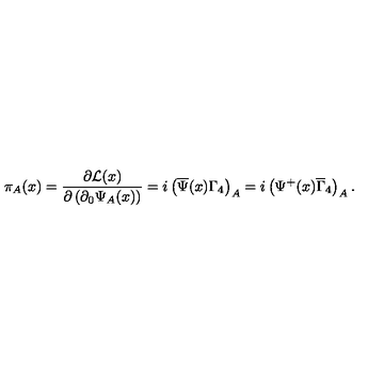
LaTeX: \pi _ { A } ( x ) = \frac { \partial { \cal L } ( x ) } { \partial \left( \partial _ { 0 } \Psi _ { A } ( x ) \right) } = i \left( \overline { { \Psi } } ( x ) \Gamma _ { 4 } \right) _ { A } = i \left( \Psi ^ { + } ( x ) \overline { { \Gamma } } _ { 4 } \right) _ { A } .